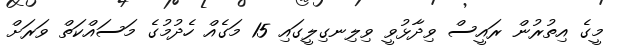
މީގެ އިތުރުން ރައީސް ވިދާޅުވީ ވިލިނގިލީގައި 15 މަގެއް ހެދުމުގެ މަސައްކަތް ވަރަށް